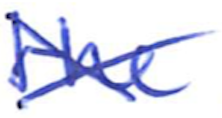
Text: the
Cross-out: cross
Writing tool: ballpoint